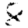
Digit: 8